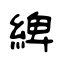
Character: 綼